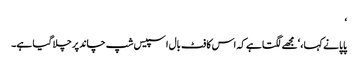
‘
پاپا نے کہا ، ‘مجھے لگتا ہے کہ اس کا فٹ بال اسپیس شپ چاند پر چلا گیا ہے۔